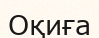
Оқиға